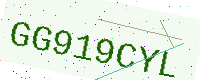
Text: GG919CYL